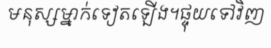
មនុស្សម្នាក់ទៀតឡើង។ផ្ទុយទៅវិញ